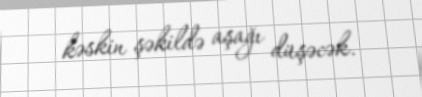
kəskin şəkildə aşağı düşəcək.